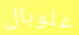
غلوبال